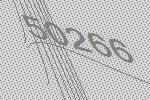
50266